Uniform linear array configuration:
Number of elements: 12
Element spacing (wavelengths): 0.5
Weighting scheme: hann
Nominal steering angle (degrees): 30
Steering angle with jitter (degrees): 30.936
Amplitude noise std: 0.05
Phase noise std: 0.05

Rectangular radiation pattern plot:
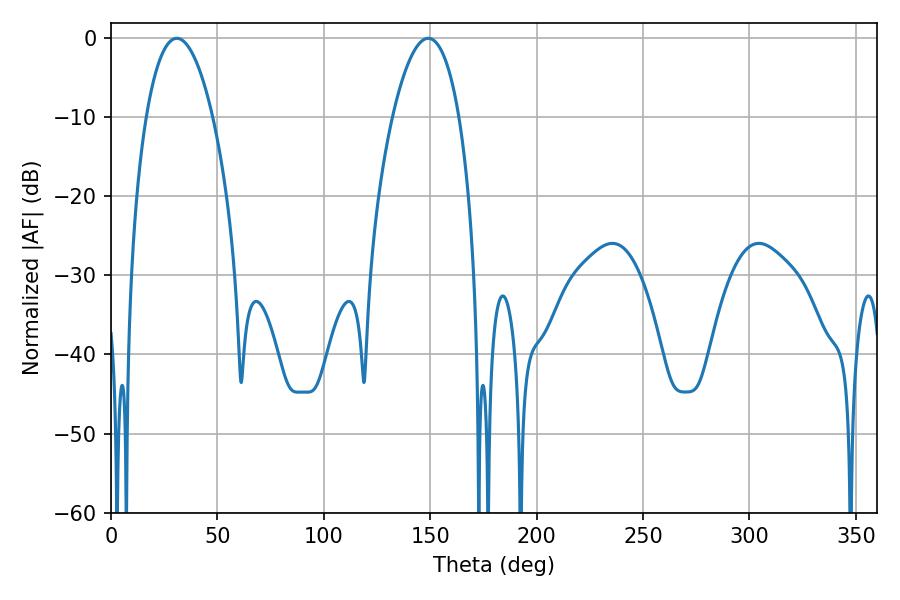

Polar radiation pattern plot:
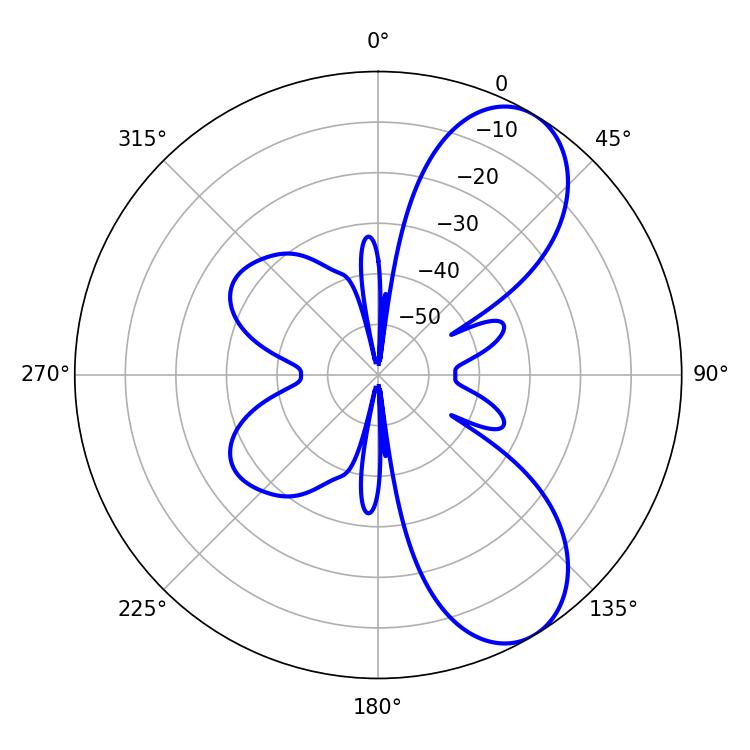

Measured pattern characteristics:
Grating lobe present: FALSE
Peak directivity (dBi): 7.767
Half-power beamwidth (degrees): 17.28
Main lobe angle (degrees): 30.96